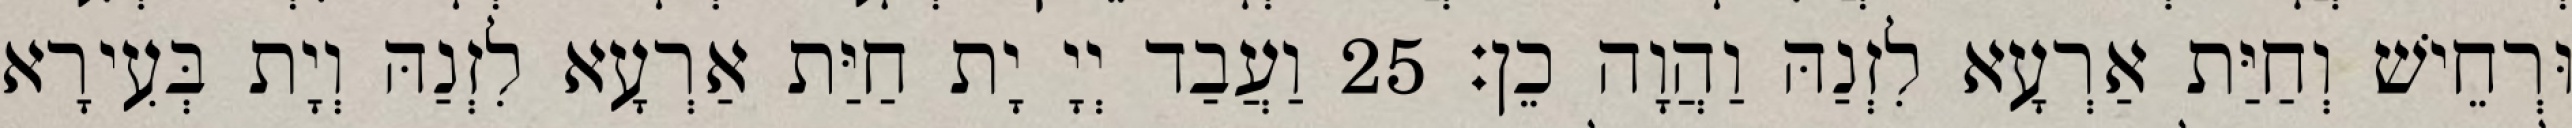
וּרְחֵישׁ וְחַיַּת אַרְעָא לִזְנַהּ וַהֲוָה כֵן׃ 25 וַעֲבַד יְיָ יָת חַיַּת אַרְעָא לִזְנַהּ וְיָת בְּעִירָא